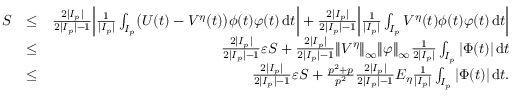
\begin{array} { r l r } { S } & { \leq } & { \frac { 2 | I _ { p } | } { 2 | I _ { p } | - 1 } { \left| { \frac { 1 } { | I _ { p } | } \int _ { I _ { p } } \bigl ( U ( t ) - V ^ { \eta } ( t ) \bigr ) \phi ( t ) \varphi ( t ) \, \mathrm { d } t } \right| } + \frac { 2 | I _ { p } | } { 2 | I _ { p } | - 1 } { \left| { \frac { 1 } { | I _ { p } | } \int _ { I _ { p } } V ^ { \eta } ( t ) \phi ( t ) \varphi ( t ) \, \mathrm { d } t } \right| } } \\ & { \leq } & { \frac { 2 | I _ { p } | } { 2 | I _ { p } | - 1 } \varepsilon S + \frac { 2 | I _ { p } | } { 2 | I _ { p } | - 1 } { \left\| { V ^ { \eta } } \right\| } _ { \infty } { \left\| { \varphi } \right\| } _ { \infty } \frac { 1 } { 2 | I _ { p } | } \int _ { I _ { p } } | \Phi ( t ) | \, \mathrm { d } t } \\ & { \leq } & { \frac { 2 | I _ { p } | } { 2 | I _ { p } | - 1 } \varepsilon S + \frac { p ^ { 2 } + p } { p ^ { 2 } } \frac { 2 | I _ { p } | } { 2 | I _ { p } | - 1 } E _ { \eta } \frac { 1 } { | I _ { p } | } \int _ { I _ { p } } | \Phi ( t ) | \, \mathrm { d } t . } \end{array}